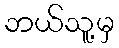
ဘယ်သူ့မှ